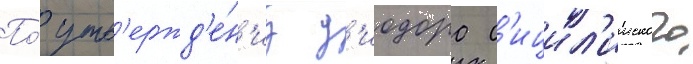
По́ утв'ержд'е́н'иу д'иодора с'ицил'ииского